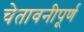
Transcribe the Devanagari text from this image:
चेतावनीपूर्ण